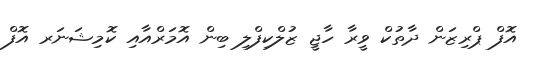
އޮފް ޕްރިޒަން ދާތުކް ވީރާ ހާޖީ ޒުލްކިފްލި ބިން އޮމަރްއާއި ކޮމިޝަނަރ އޮފް